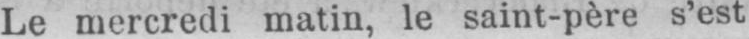
Le mercredi matin, le saint-père s’est